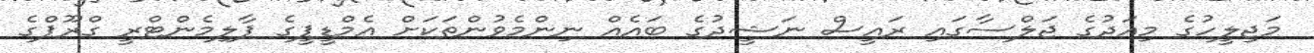
މަޖިލީހުގެ މިއަދުގެ ޖަލްސާގައި ރައީސް ނަޝީދުގެ ބައެއް ނިންމެވުންތަކަށް އެމްޑީޕީގެ ޕާލިމެންޓްރީ ގްރޫޕްގެ